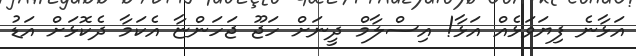
އަޅާނެ ފިޔަވަޅެއް އަޅާ! އިސްލާމް ދީނަށް ހަޖޫ ޖަހަންޏާ އެކަމާ ދެކޮޅަށް އަޑު